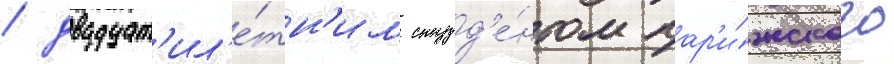
/ двадцат'ил'е́тн'им студ'е́нтом пар'и́жского